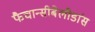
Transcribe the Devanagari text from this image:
फैचान्सीबेलीडांस